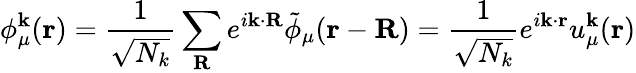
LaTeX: \phi_{\mu}^{\mathbf{k}}(\mathbf{r})=\frac{1}{\sqrt{N_{k}}}\sum_{\mathbf{R}}e^{i\mathbf{k}\cdot\mathbf{R}}\tilde{\phi}_{\mu}(\mathbf{r}-\mathbf{R})=\frac{1}{\sqrt{N_{k}}}e^{i\mathbf{k}\cdot\mathbf{r}}u_{\mu}^{\mathbf{k}}(\mathbf{r})